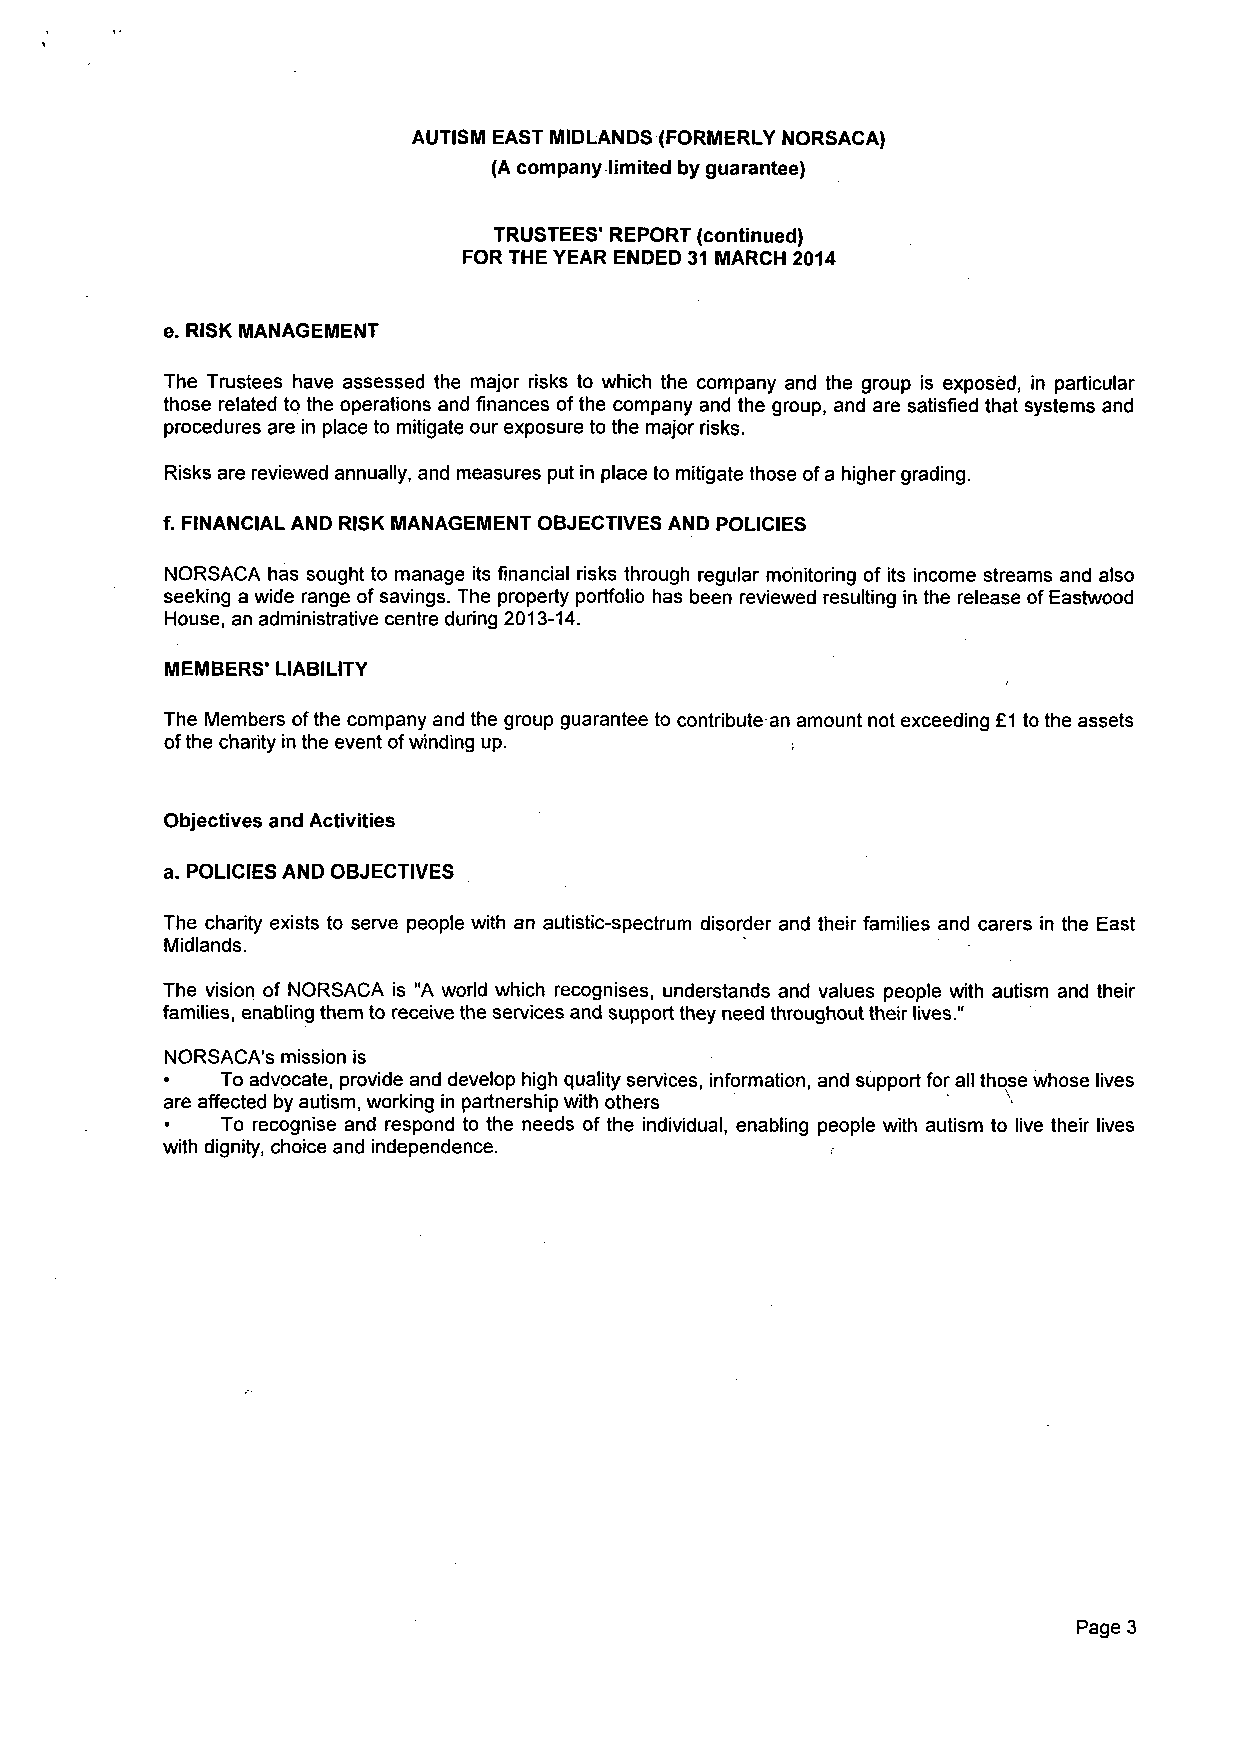
AUTISM EAST MIDLANDS (FORMERLY NORSACA)
 (A company limited by guarantee)
 TRUSTEES" REPORT (continued)
 FOR THE YEAR ENDED 31 MARCH 2014
 e. RISK MANAGEMENT
 The Trustees have assessed the major risks to which the company and the group is exposed, in particular
 those related to the operations and finances of the company and the group, and are satisfied that systems and
 procedures are in place to mitigate our exposure to the major risks.
 Risks are reviewed annually, and measures put in place to mitigate those of a higher grading.
 f. FINANCIAL AND RISK MANAGEMENT OBJECTIVES AND POLICIES
 NORSACA has sought to manage its financial risks through regular monitoring of its income streams and also
 seeking a wide range of savings. The property portfolio has been reviewed resulting in the release of Eastwood
 House, an administrative centre during 2013-14.
 MEMBERS' LIABILITY
 The Members of the company and the group guarantee to contribute an amount not exceeding £1 to the assets
 of the charity in the event of winding up.
 Objectives and Activities
 a. POLICIES AND OBJECTIVES
 The charity exists to serve people with an autistic-spectrum disorder and their families and carers in the East
 Midlands.
 The vision of NORSACA is "A world which recognises, understands and values people with autism and their
 families, enabling them to receive the services and support they need throughout their lives."
 NORSACA's mission is
 To advocate, provide and develop high quality services, information, and support for all those whose lives
 are affected by autism, working in partnership with others
 To recognise and respond to the needs of the individual, enabling people with autism to live their lives
 with dignity, choice and independence.
 Page 3